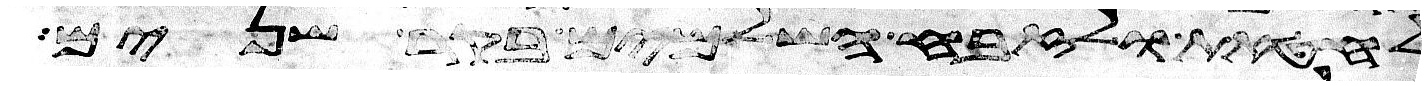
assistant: לחטאת ולזבח השלמים בקר שנים